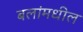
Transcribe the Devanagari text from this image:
बलांमधील